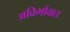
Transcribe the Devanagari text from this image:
अविर्भावात